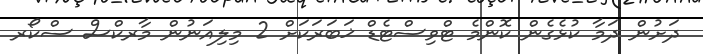
ދަށުން ދަމާ ކުޅެގެން ކޮންމެ ޓްވިސްޓެޑް ޚަބަރަކަށް 2 މިލިއަނުން މާރކްސް ސްކޯރ